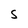
Character: S